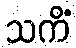
သကိံ